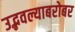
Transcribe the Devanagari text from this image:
उद्भवल्याबरोबर